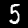
Digit: 5